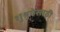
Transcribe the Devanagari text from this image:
शुश्रुषेसाठी